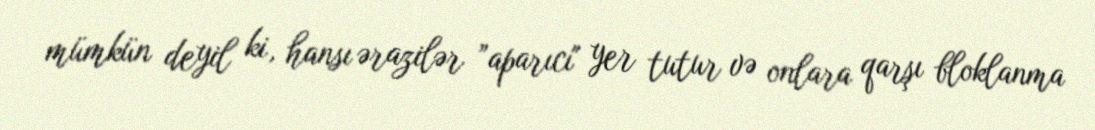
mümkün deyil ki, hansı ərazilər ”aparıcı" yer tutur və onlara qarşı bloklanma